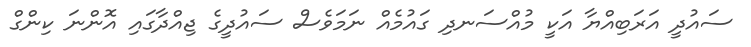
ސައުދީ އަރަބިއްޔާ އަކީ މުއްސަނދި ގައުމެއް ނަމަވެސް ސައުދީގެ ޖިއްދާގައި އޮންނަ ކިންގް